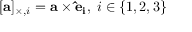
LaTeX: [ \mathbf { a } ] _ { \times , i } = \mathbf { a } \times \mathbf { { \hat { e } } _ { i } } , \; i \in \{ 1 , 2 , 3 \}